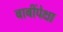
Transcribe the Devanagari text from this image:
बाबींपेक्षा